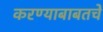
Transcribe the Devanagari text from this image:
करण्याबाबतचे